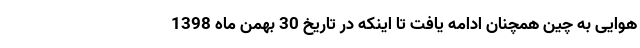
هوایی به چین همچنان ادامه یافت تا اینکه در تاریخ 30 بهمن ماه 1398